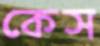
কেস